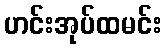
ဟင်းအုပ်ထမင်း